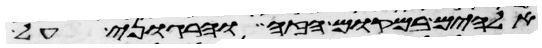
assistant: אלהים במקום הזה והרגוני על